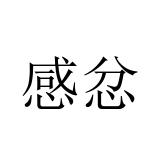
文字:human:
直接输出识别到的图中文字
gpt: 感忿